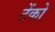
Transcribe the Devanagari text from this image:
टेंको